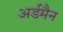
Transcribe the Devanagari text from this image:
अर्डमैन